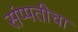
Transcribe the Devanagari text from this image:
संप्पतीचा